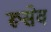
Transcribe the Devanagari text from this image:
रूसेव